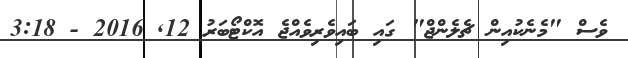
ވެސް "މެނެކުއިން ޗެލެންޖް" ގައި ބައިވެރިވެއްޖެ އޮކްޓޯބަރު 12